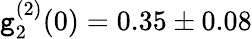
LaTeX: \mathtt{g}_{2}^{(2)}(0)=0.35\pm0.08